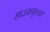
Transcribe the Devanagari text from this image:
हाउसफुल्ल